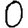
Digit: 0